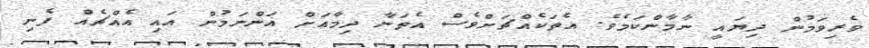
ވެރިވަމުން ދިޔައީ ނާމާންކަމެވެ. އެތަކެއްޗަށްވެސް އެތަނާ ދިމާއަށް އަންނަމުން އައި އެއްޗެއް ފެނި